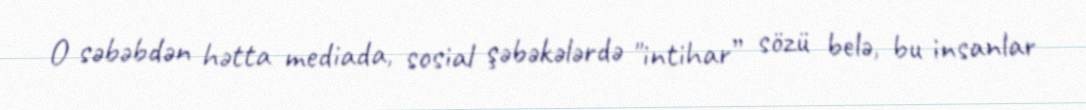
O səbəbdən hətta mediada, sosial şəbəkələrdə "intihar” sözü belə, bu insanlar